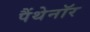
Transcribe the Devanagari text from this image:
पैंथेनॉर